Leningradi_Edasi_toimetus, lk 79
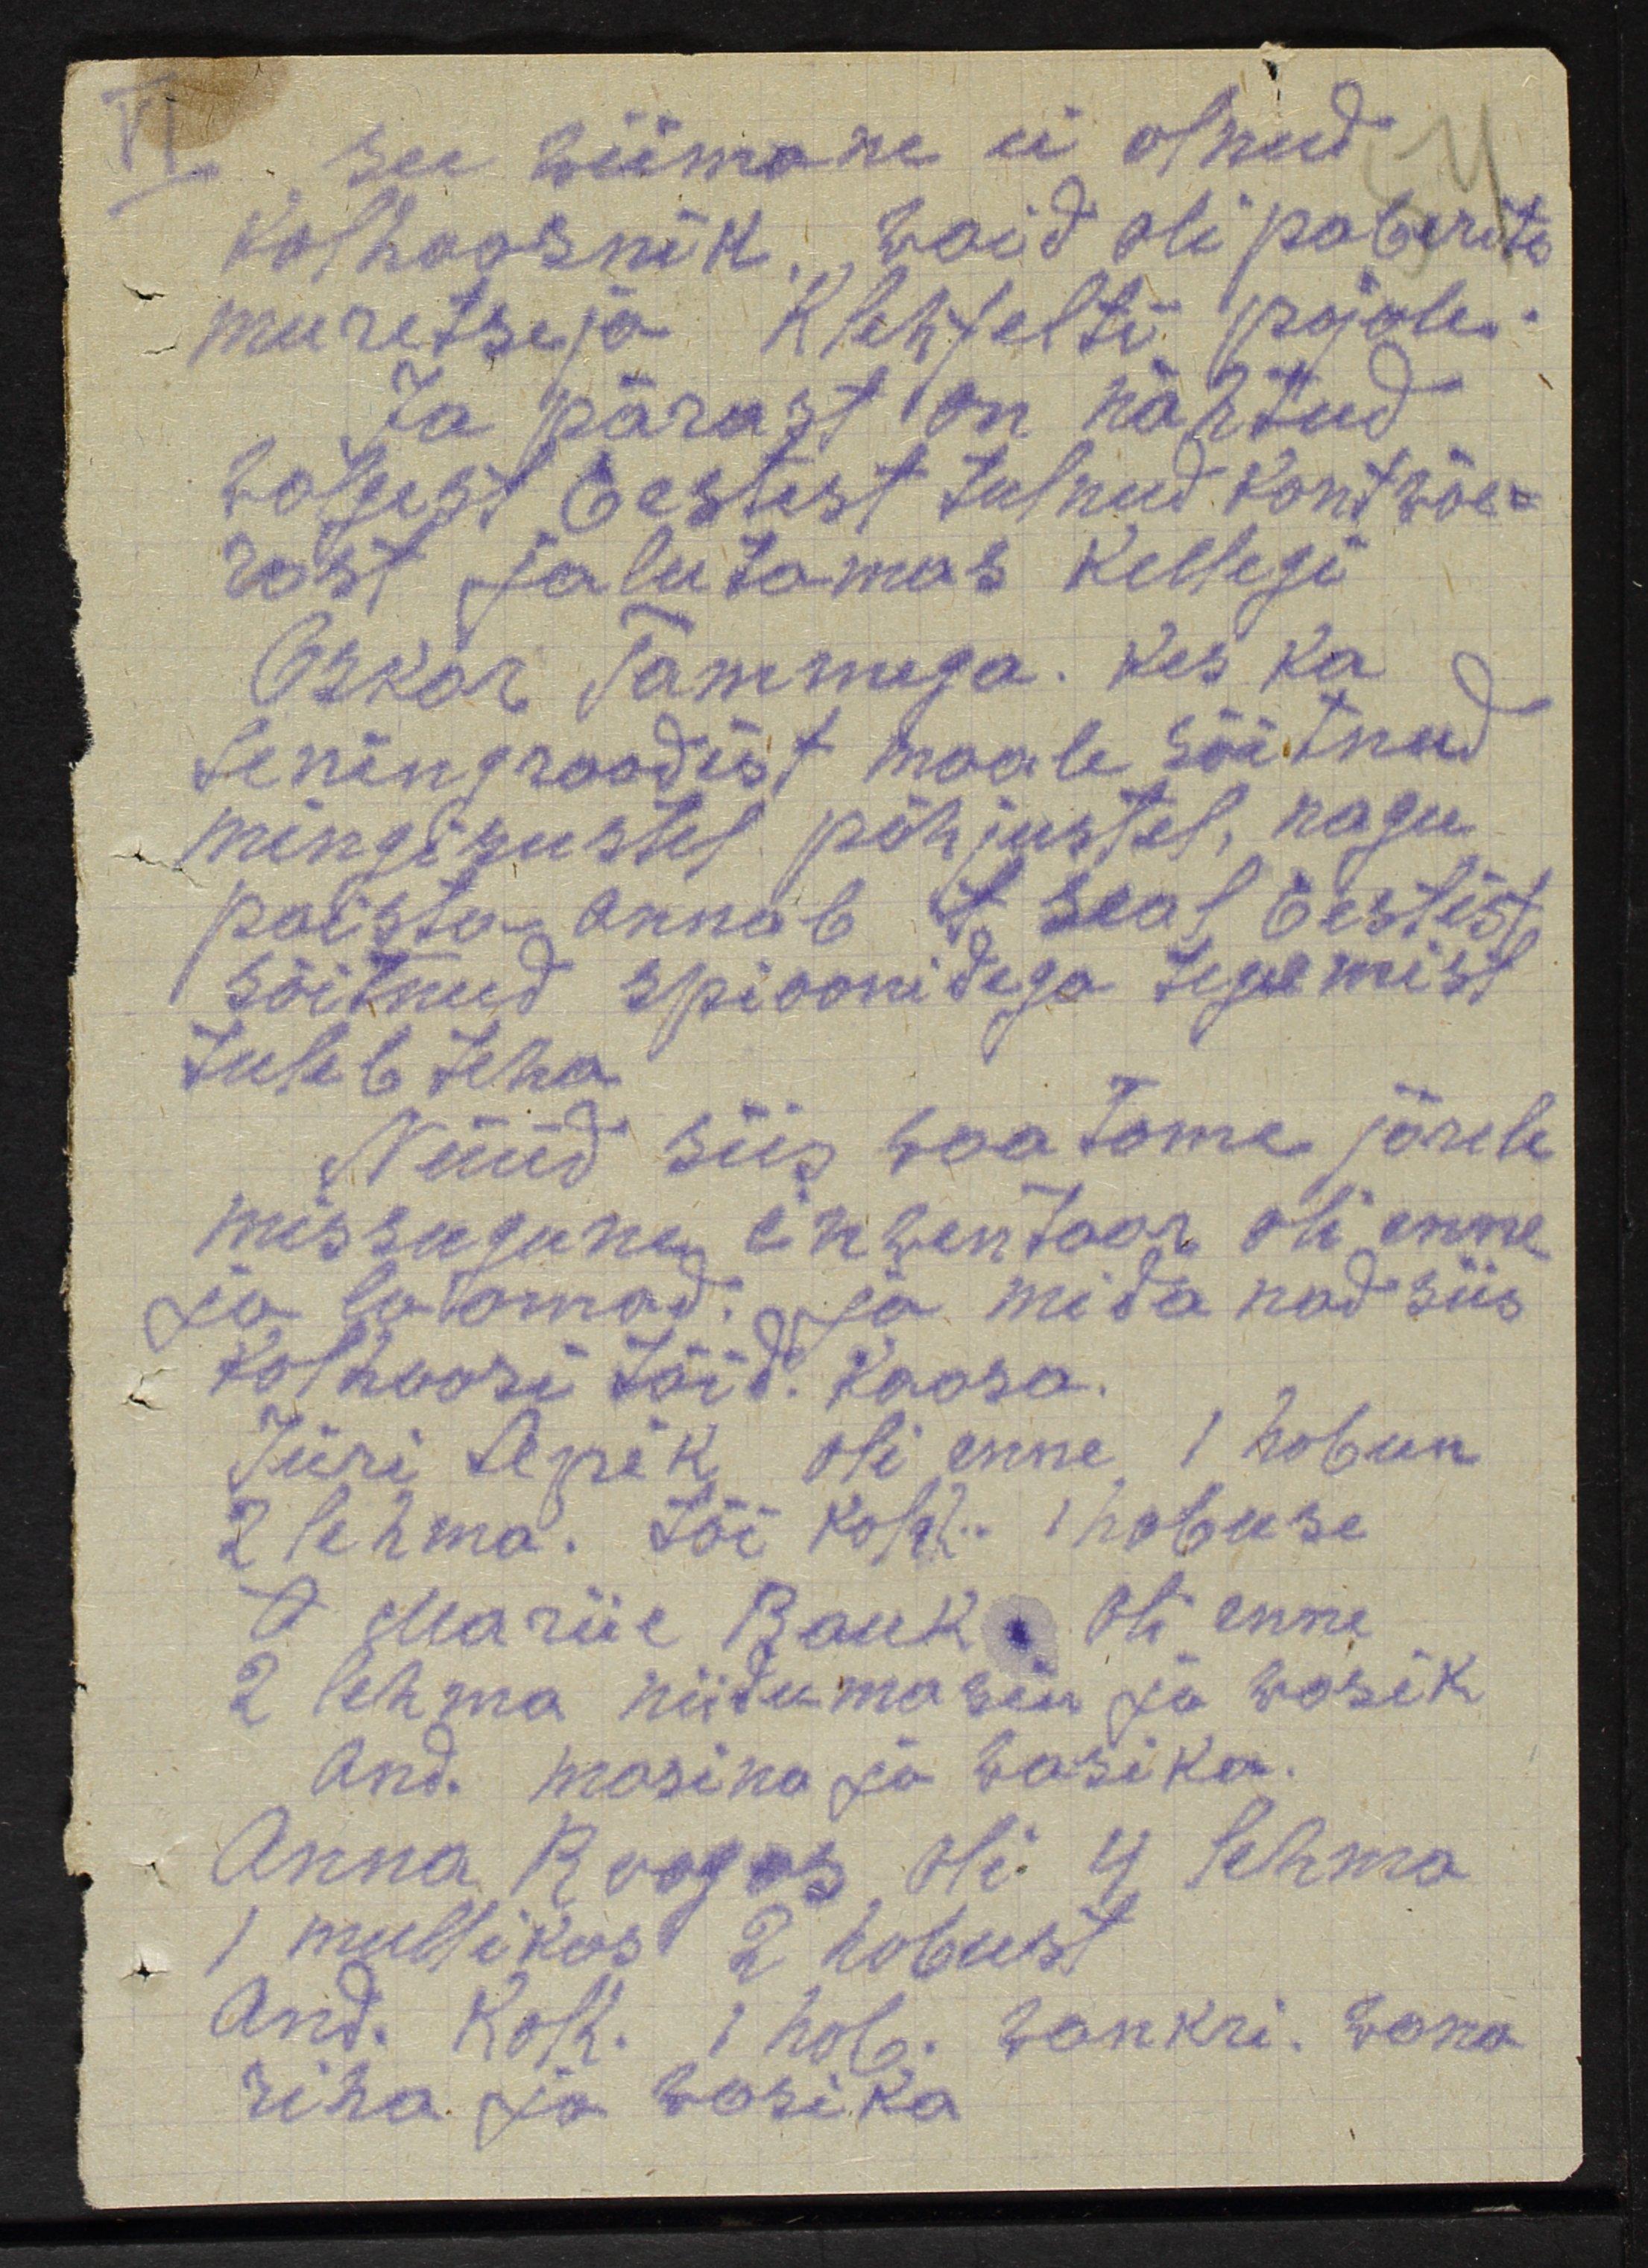
See wiimane ei olnud
kolhoosnik, vaid oli paberite
muretseja Klehfelti pojale.
Ja pärast on nähtud
walgest Eestist tulnud kontwõe-
rast jalutamas kellegi
Oskar Tammega. Kes ka
Leningraadist maale sõitnud
mingigustel põhjustel, nagu
paista annab seal Eestist
sõitnud spioonitega tegemist
tuleb teha
Nüüd siis waatame järele
missugune inwentaar oli enne
ja loomad, ja mida nad siis
kolhoosi tõid kaasa.
Jüri Lepik oli enne 1 hobun
2 lehma. Tõi kolh. 1 hobuse
A Mariie Rauk. Oli enne
2 lehma niidumasin ja wasik
And. masina ja wasika.
Anna Roogos oli 4 lehma
1 mullikos 2 hobust
And. Kolh. 1 hob. wankri. wana
riha ja wasika.